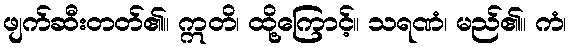
ဖျက်ဆီးတတ်၏။ ဣတိ၊ ထို့ကြောင့်။ သရဏံ၊ မည်၏။ ကံ၊